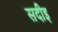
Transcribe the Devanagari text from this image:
सदीइ